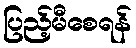
ပြည့်မီစေရန်